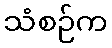
သံစဉ်က